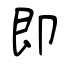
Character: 即